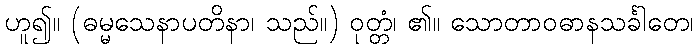
ဟူ၍။ (ဓမ္မသေနာပတိနာ၊ သည်။) ဝုတ္တံ၊ ၏။ သောတာဝဓာနသင်္ခါတေ၊